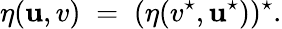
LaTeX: \eta(\mathbf{u},v)\; =\; (\eta(v^{\star},\mathbf{u}^{\star}))^{\star}.